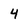
Character: 4